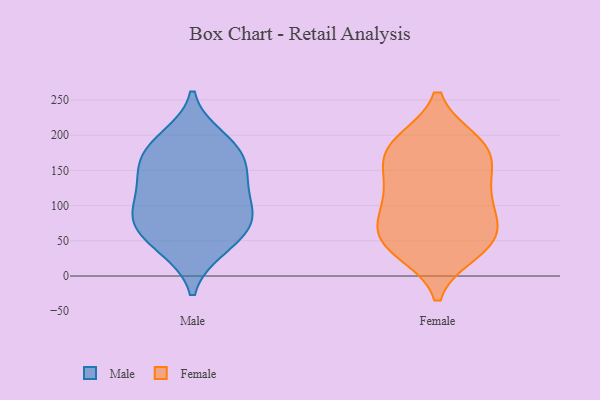
{"axis": {"x": "Temperature (°C)", "y": "Value"}, "legend": ["Female", "Male"], "data": [{"x": "", "y": 196, "type": "Male"}, {"x": "", "y": 81, "type": "Male"}, {"x": "", "y": 130, "type": "Male"}, {"x": "", "y": 142, "type": "Male"}, {"x": "", "y": 72, "type": "Male"}, {"x": "", "y": 168, "type": "Male"}, {"x": "", "y": 174, "type": "Male"}, {"x": "", "y": 39, "type": "Male"}, {"x": "", "y": 186, "type": "Male"}, {"x": "", "y": 135, "type": "Male"}, {"x": "", "y": 101, "type": "Male"}, {"x": "", "y": 79, "type": "Male"}, {"x": "", "y": 41, "type": "Male"}, {"x": "", "y": 81, "type": "Male"}, {"x": "", "y": 79, "type": "Female"}, {"x": "", "y": 151, "type": "Female"}, {"x": "", "y": 114, "type": "Female"}, {"x": "", "y": 48, "type": "Female"}, {"x": "", "y": 181, "type": "Female"}, {"x": "", "y": 114, "type": "Female"}, {"x": "", "y": 97, "type": "Female"}, {"x": "", "y": 189, "type": "Female"}, {"x": "", "y": 36, "type": "Female"}, {"x": "", "y": 149, "type": "Female"}, {"x": "", "y": 190, "type": "Female"}, {"x": "", "y": 62, "type": "Female"}, {"x": "", "y": 178, "type": "Female"}, {"x": "", "y": 42, "type": "Female"}, {"x": "", "y": 54, "type": "Female"}]}